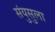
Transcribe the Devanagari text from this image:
संयुसुला